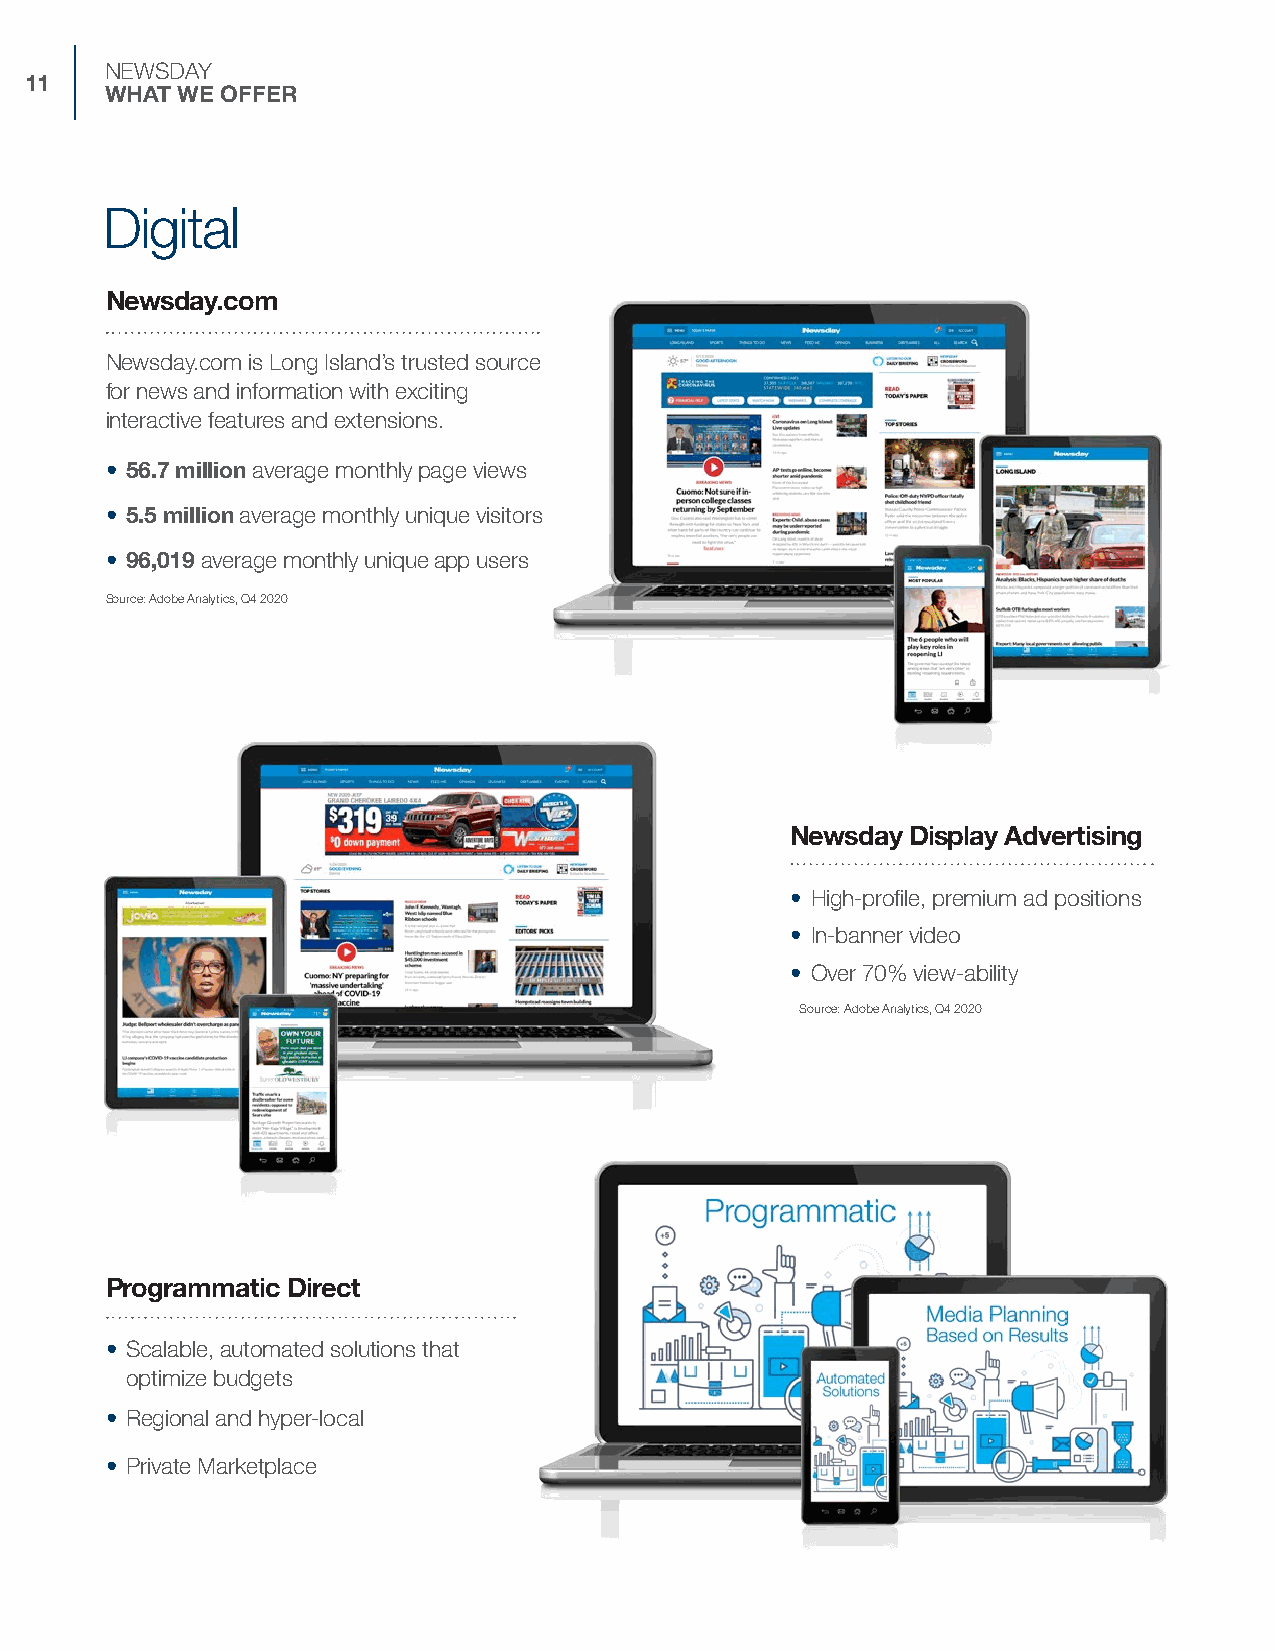
NEWSDAY
 11
 WHAT WE OFFER
 Digital
 Newsday.com
 Newsday.com is Long Island’s trusted source
 for news and information with exciting
 interactive features and extensions.
 • 56.7 million average monthly page views
 • 5.5 million average monthly unique visitors
 • 96,019 average monthly unique app users
 Source: Adobe Analytics, Q4 2020
 Newsday Display Advertising
 • H igh-profile, premium ad positions
 • In-banner video
 • O ver 70% view-ability
 Source: Adobe Analytics, Q4 2020
 Programmatic Direct
 • Scalable, automated solutions that
 optimize budgets
 • Regional and hyper-local
 • Private Marketplace